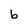
Character: b